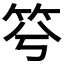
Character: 𥬋